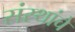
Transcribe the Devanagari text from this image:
संस्‍थांचे